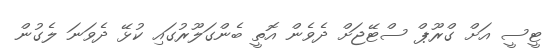
ޓީސީ އަށް ގްރޫޕް ސްޓޭޖަށް ދެވެން އޮތީ ބެންގަލޫރުގައި ކުޅޭ ދެވަނަ ލެގުން